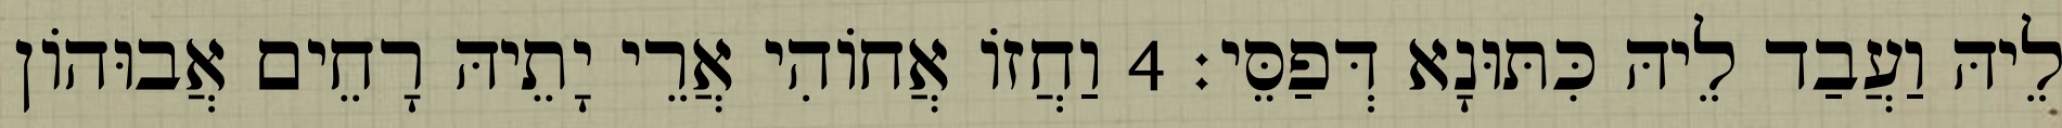
לֵיהּ וַעֲבַד לֵיהּ כִּתּוּנָא דְּפַסֵּי׃ 4 וַחֲזוֹ אֲחוֹהִי אֲרֵי יָתֵיהּ רָחֵים אֲבוּהוֹן